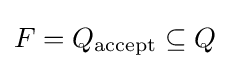
F=Q_{\text{accept}}\subseteq Q